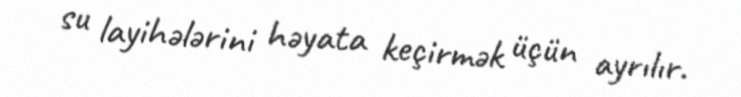
su layihələrini həyata keçirmək üçün ayrılır.